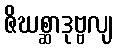
ဇိဃစ္ဆာဒုဗ္ဗလျ